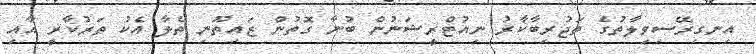
އިނގިރޭސިވިލާތުގެ ތަޖުރިބާކާރު ނިއުޓްރީޝަނުން ބުނާ ގޮތުން ޒައިތޫނި ތެލާ އެކު ތަރުކާރީ އާއި